Vaccination in Bombay 1856-1862 - 1856-1862
Year: 1856
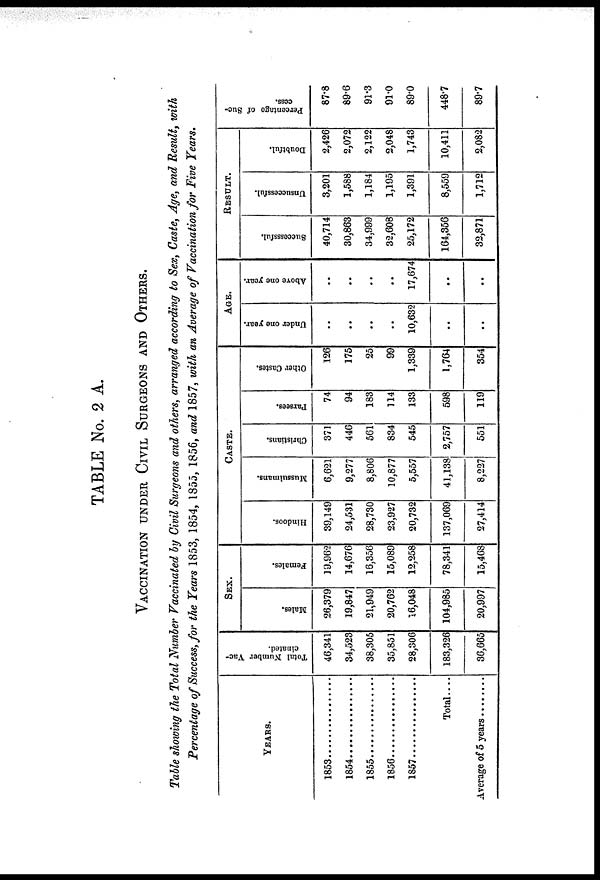
TABLE No. 2 A.
VACCINATION UNDER CIVIL SURGEONS AND OTHERS.
Table showing the Total Number Vaccinated by Civil Surgeons and others, arranged according to Sex, Caste, Age, and Result, with
Percentage of Success, for the Years 1853, 1854, 1855, 1856, and 1857, with an Average of Vaccination for Five Years.
YEARS.
1853 ............
1854 ............
1855 ............
1856 ............
1857 ............
Total....
Average of 5 years ..........
Total Number Vac-
cinated.
46,341
34,523
38,305
35,851
28,306
183,326
36,665
SEX.
Males.
26,379
19,847
21,949
20,762
16,048
104,985
20,997
Females.
19,962
14,676
16,356
15,089
12,258
78,341
15,468
CASTE.
Hindoos.
39,149
24,531
28,730
23,927
20,732
137,069
27,414
Mussulmans.
6,621
9,277
8,806
10,877
5,557
41,138
8,227
Christians.
371
446
561
834
545
2,757
551
Parsees.
74
94
183
114
133
598
119
Other Castes.
126
175
25
99
1,339
1,764
354
AGE.
Under one year.
..
..
..
..
10,632
..
..
Above one year.
..
..
..
..
17,674
..
..
RESULT.
Successsful.
40,714
30,863
34,999
32,608
25,172
164,356
32,871
Unsuccessful.
3,201
1,588
1,184
1,195
1,391
8,559
1,712
Doubtful.
2,426
2,072
2,122
2,048
1,743
10,411
2,082
Percentage of Suc-
cess.
87.8
89.6
91.3
91.0
89.0
448.7
89.7